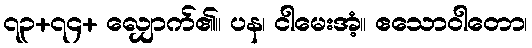
၇၃+၇၄+ လျှောက်၏။ ပန၊ ငါမေးအံ့။ ဧသောဝါတော၊